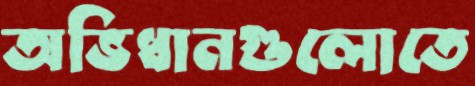
অভিধানগুলোতে